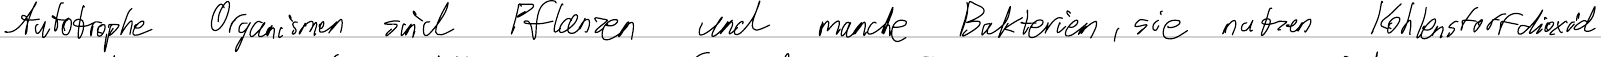
Autotrophe Organismen sind Pflanzen und manche Bakterien, sie nutzen Kohlenstoffdioxid